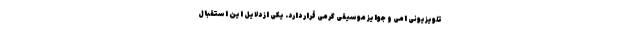
تلویزیونی اِمی و جوایز موسیقی گرمی قرار دارد. یکی از دلایل این استقبال